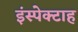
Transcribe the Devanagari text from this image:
इंस्पेक्टाह